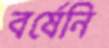
বর্ষেনি